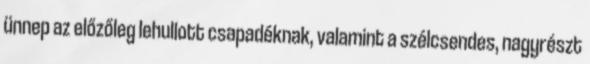
ünnep az előzőleg lehullott csapadéknak, valamint a szélcsendes, nagyrészt